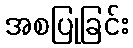
အစပြုခြင်း